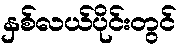
နှစ်လယ်ပိုင်းတွင်